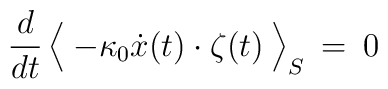
\frac{d}{dt} \, \Bigl < \> - \kappa_0 \dot x(t) \cdot \zeta(t) \> \Bigr >_S  \> = \>0